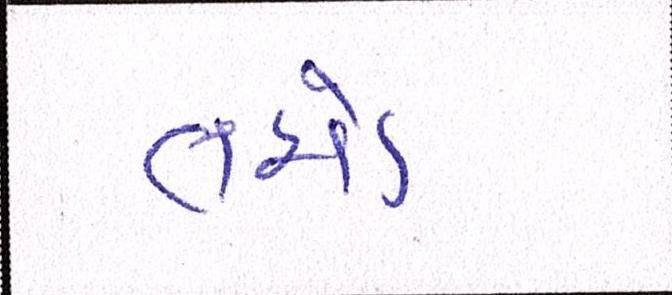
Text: તમો